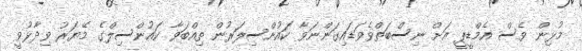
މުޅިން ވެސް އެމްޑީޕީ އަށް ނިސްބަތްވެވަޑައިގަންނަވާ ކައުންސިލަރުން ތިއްބަވާ ކައުންސިލްގެ މޭޔަރު ވިދާޅުވީ